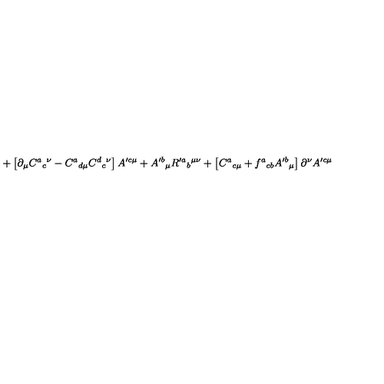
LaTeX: + \left[ \partial _ { \mu } C ^ { a } { } _ { c } { } ^ { \nu } - C ^ { a } { } _ { d \mu } C ^ { d } { } _ { c } { } ^ { \nu } \right] A ^ { \prime c \mu } + A ^ { \prime b } { } _ { \mu } R ^ { \prime a } { } _ { b } { } ^ { \mu \nu } + \left[ C ^ { a } { } _ { c \mu } + f ^ { a } { } _ { c b } A ^ { \prime b } { } _ { \mu } \right] \partial ^ { \nu } A ^ { \prime c \mu }